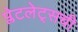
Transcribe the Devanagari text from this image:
प्लेटलेट्‌सची